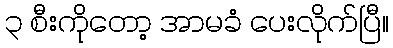
၃ စီးကိုတော့ အာမခံ ပေးလိုက်ပြီ။